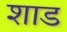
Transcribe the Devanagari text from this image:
शाड